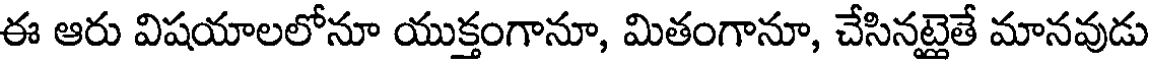
ఈ ఆరు విషయాలలోనూ యుక్తంగానూ, మితంగానూ, చేసినట్లైతే మానవుడు